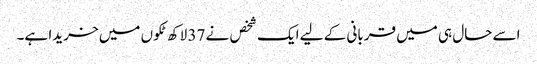
اسے حال ہی میں قربانی کے لیے ایک شخص نے 37 لاکھ ٹکوں میں خریدا ہے۔